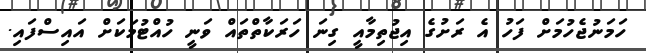
ހަމަނުޖެހުމަށް ފަހު އެ ރަށުގެ އިޖުތިމާއީ ގިނަ ހަރަކާތްތައް ވަނީ ހުއްޓުމަކަށް އައިސްފައި.